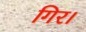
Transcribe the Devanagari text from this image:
गिर।